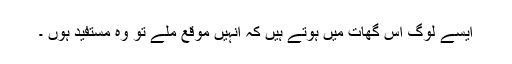
ایسے لوگ اس گھات میں ہوتے ہیں کہ انہیں موقع ملے تو وہ مستفید ہوں ۔